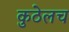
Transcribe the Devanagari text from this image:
कुठेलच